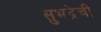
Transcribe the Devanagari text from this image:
सुभद्रेची